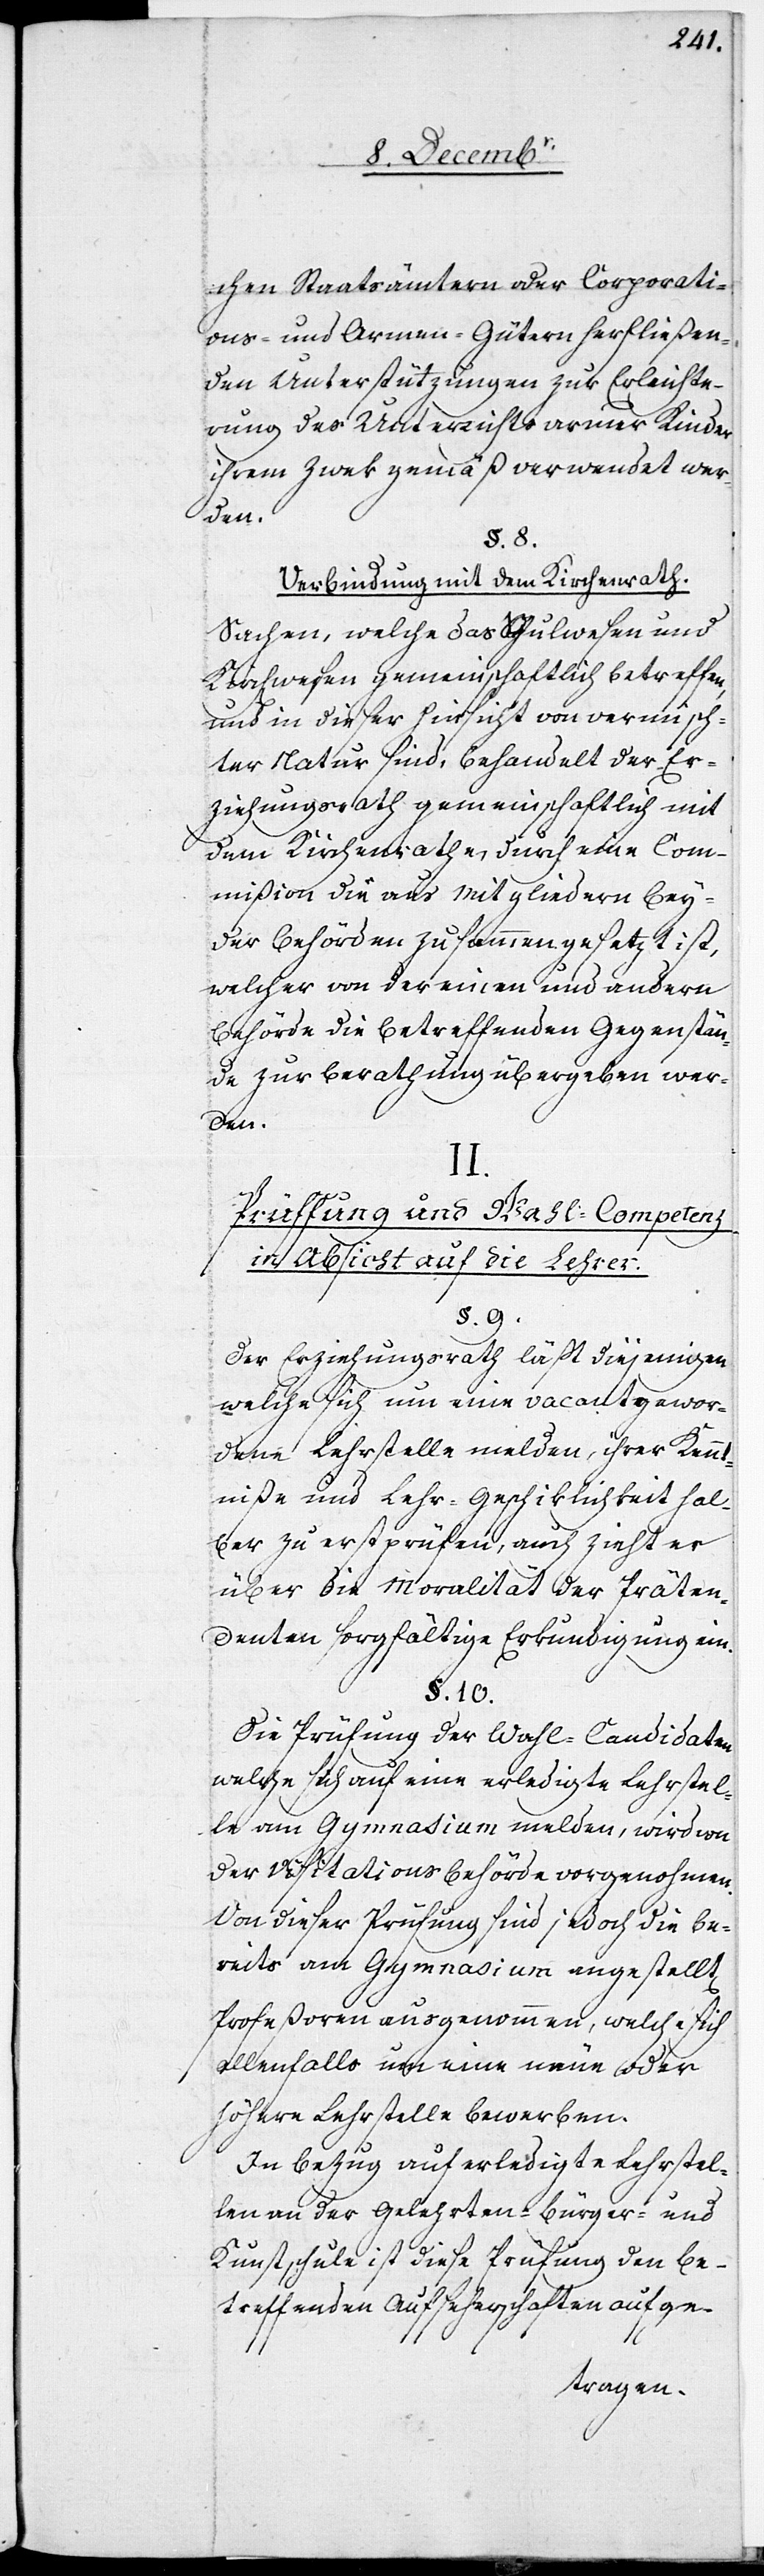
chen Staatsämtern oder Corporati¬
ons- und Armen-Gütern herfließen¬
den Unterstützungen zur Erleichte¬
rung des Unterrichts armer Kinder
ihrem Zwek gemäß verwendet wer¬
den.
§. 8.
Verbindung mit dem Kirchenrath.
Sachen, welche das Schulwesen und
Kirchwesen gemeinschaftlich betreffen,
und in dieser Hinsicht von vermisch¬
ter Natur sind, behandelt der Er¬
ziehungsrath gemeinschaftlich mit
dem Kirchenrathe, durch eine Com¬
mißion die aus Mitgliedern bey¬
der Behörden zusammengesetzt ist,
welcher von der einen und andern
Behörde die betreffenden Gegenstän¬
de zur Berathung übergeben wer¬
den.
II.
Prüffung und Wahl-Competenz
in Absicht auf die Lehrer.
§. 9.
Der Erziehungsrath läßt diejenigen
welche sich um eine vacant gewor¬
dene Lehrstelle melden, ihrer Kennt¬
niße und Lehr-Geschiklichkeit hal¬
ber zu erst prüfen, auch zieht er
über die Moralität der Präten¬
denten sorgfältige Erkundigung ein.
§. 10.
Die Prüfung der Wahl-Candidaten
welche sich auf eine erledigte Lehrstel¬
le am Gymnasium melden, wird von
der Visitationsbehörde vorgenohmen.
Von dieser Prüfung sind jedoch die be¬
reits am Gymnasium angestellt[en]
Profeßoren ausgenommen, welche sich
allenfalls um eine neue oder
höhere Lehrstelle bewerben.
In Bezug auf erledigte Lehrstel¬
len an der Gelehrten-[,] Bürger- und
Kunstschule ist diese Prüfung den be¬
treffenden Aufseherschaften aufge-